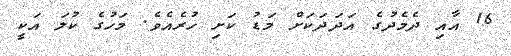
16 އާއި ދެމެދުގެ އަދަދަކަށް މަޑު ކަށި ހުރެއެވެ. މަހުގެ ކުލަ އަކީ